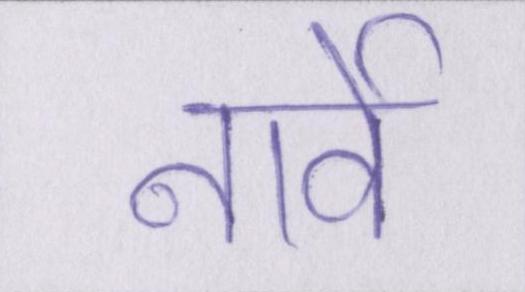
नार्वे